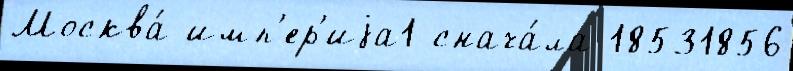
Москва́ имп'ер'иjа1 снача́ла 18531856